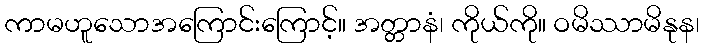
ကာမဟူသောအကြောင်းကြောင့်။ အတ္တာနံ၊ ကိုယ်ကို။ ဝမိဿာမိနုန၊